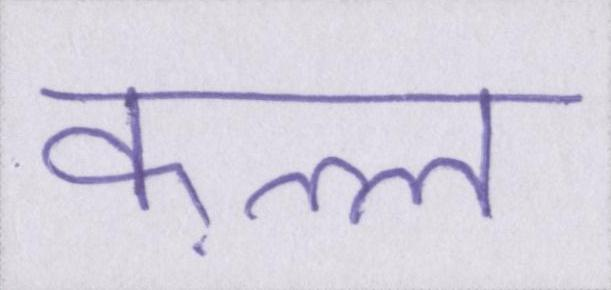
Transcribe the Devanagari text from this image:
क़त्ल